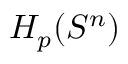
H _ { p } ( S ^ { n } )